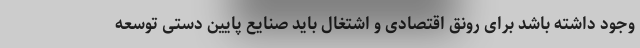
وجود داشته باشد برای رونق اقتصادی و اشتغال باید صنایع پایین دستی توسعه